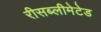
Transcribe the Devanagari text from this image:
रीसब्लीमेटेड